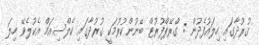
ގުރުދާގައި ހިލައުފެދުން : ގްރޭޕްފުރުޓް ބޭނުންކުރުމަކީ ގުރުދާގައި ކެލްސިއަމް އެކުލެވޭ ހިލަ